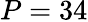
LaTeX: P=34